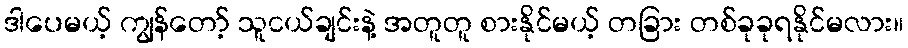
ဒါပေမယ့် ကျွန်တော့် သူငယ်ချင်းနဲ့ အတူတူ စားနိုင်မယ့် တခြား တစ်ခုခုရနိုင်မလား။